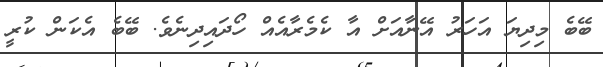
ބޭބެ މިދިޔަ އަހަރު އޭނާއަށް އާ ކެމެރާއެއް ހޯދައިދިނެވެ. ބޭބެ އެކަން ކުރީ